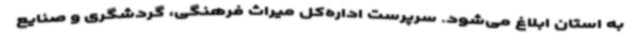
به استان ابلاغ می‌شود. سرپرست اداره‌کل میراث فرهنگی، گردشگری و صنایع